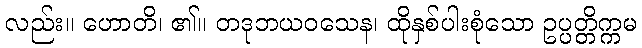
လည်း။ ဟောတိ၊ ၏။ တဒုဘယဝသေန၊ ထိုနှစ်ပါးစုံသော ဥပ္ပတ္တိက္ကမ